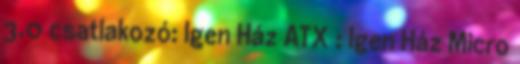
3.0 csatlakozó: Igen Ház ATX : Igen Ház Micro